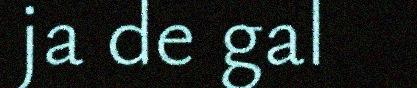
ja de gal